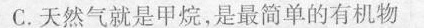
C.天然气就是甲烷，是最简单的有机物